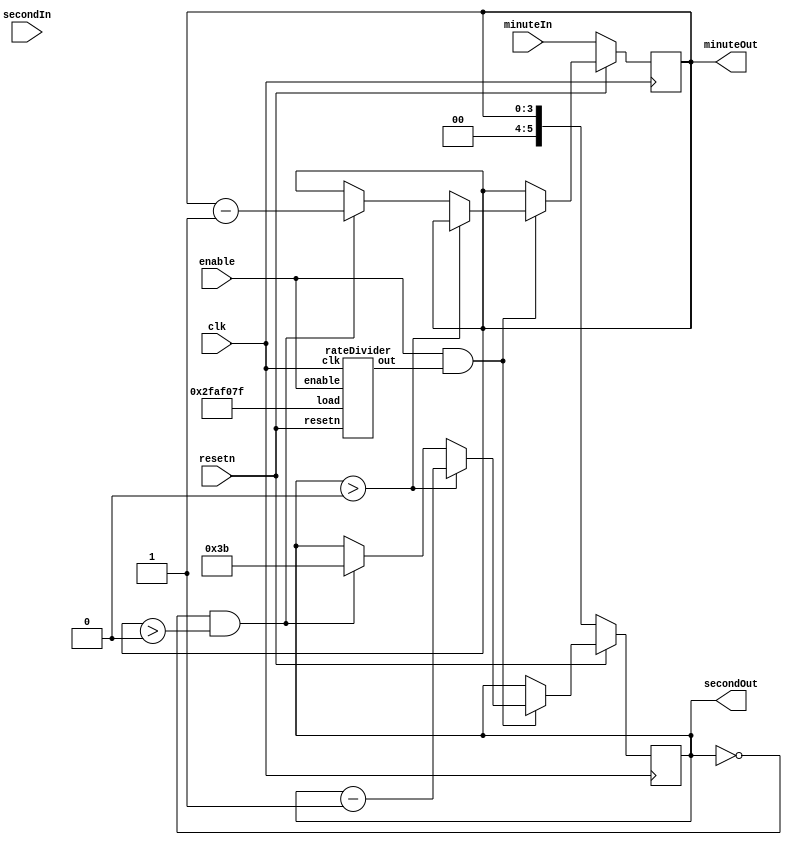
module countDown(clk, resetn, enable, minuteIn, secondIn, minuteOut, secondOut);
	input resetn, clk, enable;
	input [3: 0] minuteIn;
	input [5: 0] secondIn;
	output reg [3: 0] minuteOut; // from 0 to 9
	output reg [5: 0] secondOut; // from 0 to 59. 59 = 6'b111011
	
	wire secondClk; // the cycle is 1, instead of 50000000
	
	rateDivider r0(
		.load(26'd49999999),
		.enable(enable),
		.clk(clk),
		.resetn(resetn),
		.out(secondClk)
	);
	
	always @(posedge clk)
	begin
		if (resetn == 1'b0)
			begin
				minuteOut <= minuteIn;
				secondOut <= minuteOut;
			end
		else if (enable == 1'b1 && secondClk == 1'b1)
			begin
				if (secondOut > 0)
					secondOut <= secondOut - 1;
				else if (secondOut == 0 && minuteOut > 0)
					begin
						secondOut <= 6'd59;
						minuteOut <= minuteOut - 1;
					end
			end
	end
	
endmodule
	
module rateDivider(load, enable, clk, resetn, out);
	input enable, clk, resetn;
	input [25: 0] load;
	output out;
	
	reg [25: 0] cnt;
	
	
	always @(posedge clk)
	begin
		if (resetn == 1'b0)
			cnt <= load;
		else if (enable == 1'b1)
			begin
				if (cnt == 0)
					cnt <= load;
				else
					cnt <= cnt - 1;
			end
	end
	assign out = (cnt == 0)? 1: 0;
endmodule